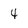
Character: 4